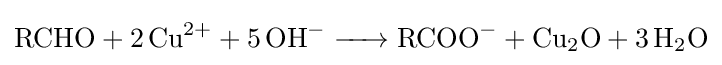
{\ce {RCHO + 2 Cu^2+ + 5 OH- -> RCOO- + Cu2O + 3 H2O}}